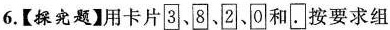
6.【探究题】用卡片3、8、2、0和.按要求组